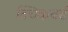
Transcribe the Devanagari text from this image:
क्विकबर्ड